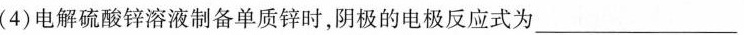
(4)电解硫酸锌溶液制备单质锌时，阴极的电极反应式为___